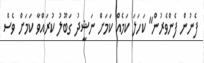
ފެނުން ފެންވެރުން" ކަހަލަ ކަމެއް ކަމަށް ނަޝީދު ގަބޫލު ކުރައްވާ ކަމަށް ވެސް